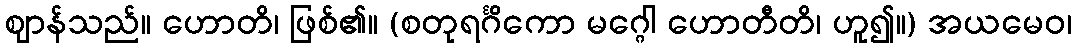
ဈာန်သည်။ ဟောတိ၊ ဖြစ်၏။ (စတုရင်္ဂိကော မဂ္ဂေါ ဟောတီတိ၊ ဟူ၍။) အယမေဝ၊